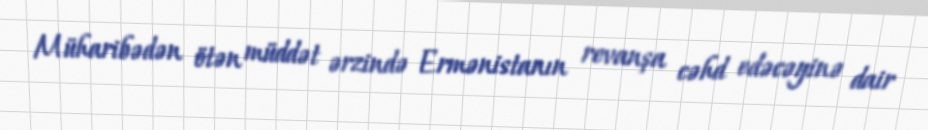
Müharibədən ötən müddət ərzində Ermənistanın revanşa cəhd edəcəyinə dair